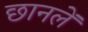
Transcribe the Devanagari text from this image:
छानलें